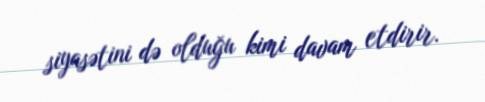
siyasətini də olduğu kimi davam etdirir.